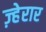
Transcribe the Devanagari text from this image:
ज़्हेरार